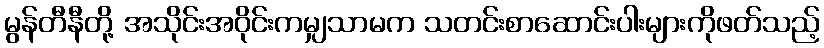
မွန်တီနီတို့ အသိုင်းအဝိုင်းကမျှသာမက သတင်းစာဆောင်းပါးများကိုဖတ်သည့်